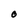
Character: O